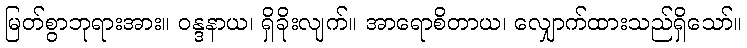
မြတ်စွာဘုရားအား။ ဝန္ဒနာယ၊ ရှိခိုးလျက်။ အာရောစိတာယ၊ လျှောက်ထားသည်ရှိသော်။